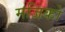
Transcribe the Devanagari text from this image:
मजिको